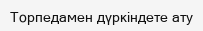
Торпедамен дүркіндете ату